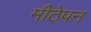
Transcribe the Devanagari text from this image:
मीठेपन